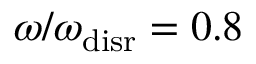
{ \omega / \omega _ { \mathrm { d i s r } } = 0 . 8 }